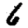
Digit: 6